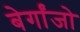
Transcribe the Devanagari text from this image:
बेर्गांजो